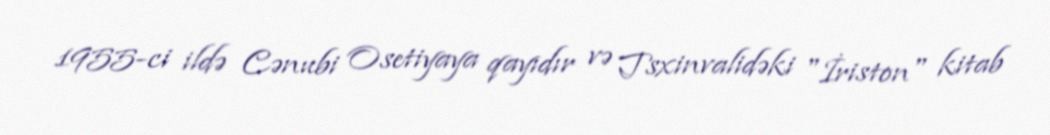
1955-ci ildə Cənubi Osetiyaya qayıdır və Tsxinvalidəki "İriston" kitab